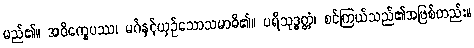
မည်၏။ အဝိက္ခေပဿ၊ မဂ်နှင့်ယှဉ်သောသမာဓိ၏။ ပရိသုဒ္ဓတ္တံ၊ စင်ကြယ်သည်၏အဖြစ်တည်း။